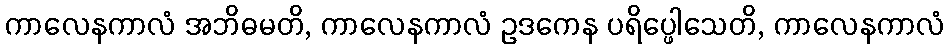
ကာလေနကာလံ အဘိဓမတိ, ကာလေနကာလံ ဥဒကေန ပရိပ္ဖေါသေတိ, ကာလေနကာလံ